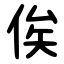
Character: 俟